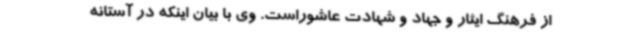
از فرهنگ ایثار و جهاد و شهادت عاشوراست. وی با بیان اینکه در آستانه